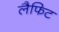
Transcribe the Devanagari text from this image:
लैफिट